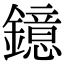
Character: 鐿